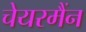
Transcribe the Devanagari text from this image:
चेयरमैंन